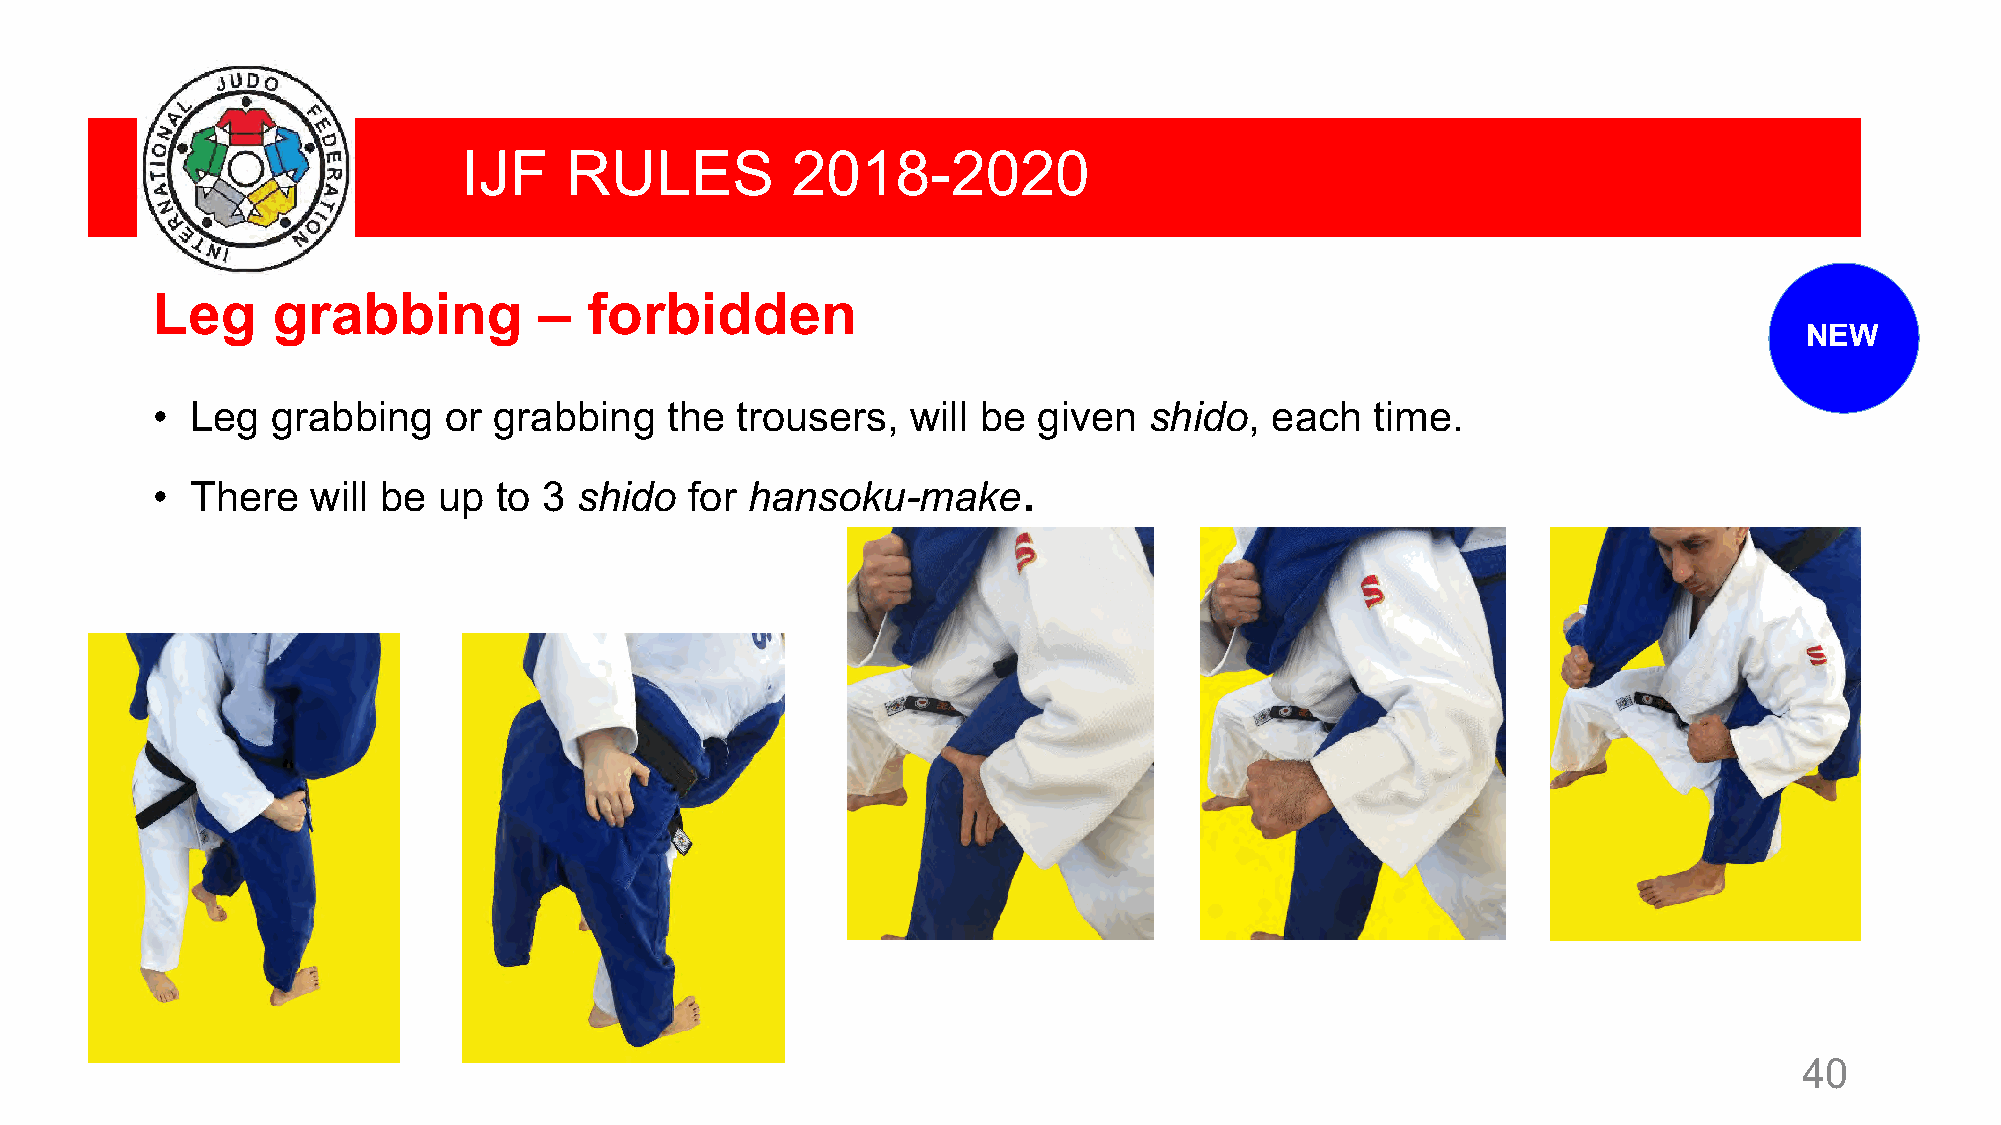
IJF   RULES          2018-2020
 Leg     grabbing          –  forbidden
 NEW
 •  Leg  grabbing   or  grabbing   the  trousers,  will be  given  shido,  each   time.
 .
 •  There   will be up  to 3 shido   for hansoku-make
 40